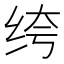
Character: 绔